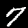
Label: 7